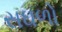
સઘળો